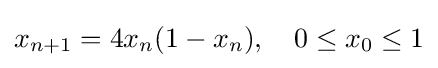
x_{n+1}=4x_{n}(1-x_{n}),\quad 0\leq x_{0}\leq 1